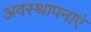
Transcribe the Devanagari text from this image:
अवस्थापनाएं